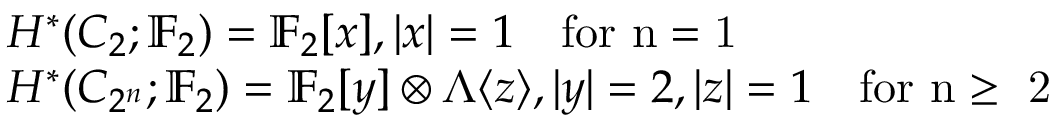
\begin{array} { r l } & { H ^ { * } ( C _ { 2 } ; \mathbb { F } _ { 2 } ) = \mathbb { F } _ { 2 } [ x ] , | x | = 1 \quad \mathrm { f o r ~ n = 1 ~ } } \\ & { H ^ { * } ( C _ { 2 ^ { n } } ; \mathbb { F } _ { 2 } ) = \mathbb { F } _ { 2 } [ y ] \otimes \Lambda \langle z \rangle , | y | = 2 , | z | = 1 \quad \mathrm { f o r ~ n \geq ~ 2 ~ } } \end{array}